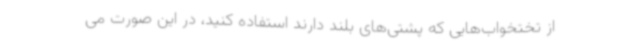
از تختخواب‌هایی که پشتی‌های بلند دارند استفاده کنید، در این صورت می